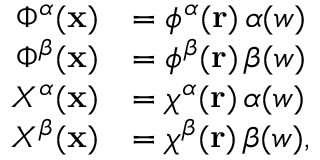
\begin{array} { r l } { \Phi ^ { \alpha } ( \mathbf { x } ) } & { = \phi ^ { \alpha } ( \mathbf { r } ) \, \alpha ( w ) } \\ { \Phi ^ { \beta } ( \mathbf { x } ) } & { = \phi ^ { \beta } ( \mathbf { r } ) \, \beta ( w ) } \\ { X ^ { \alpha } ( \mathbf { x } ) } & { = \chi ^ { \alpha } ( \mathbf { r } ) \, \alpha ( w ) } \\ { X ^ { \beta } ( \mathbf { x } ) } & { = \chi ^ { \beta } ( \mathbf { r } ) \, \beta ( w ) \mathrm { , } } \end{array}